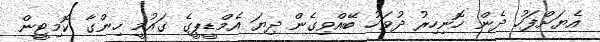
އެޔަށްފަހު ދެން ހޮނިހިރު ދުވަހު ބޭއްވިގެން ދިޔަ އެމްޑީޕީގެ ގައުމީ ހިންގާ ކޮމިޓީން